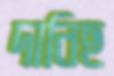
দানিছ